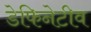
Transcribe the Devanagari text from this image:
डेफिनेटीव